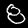
Label: 8